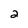
Character: 2